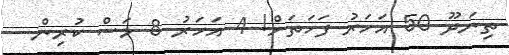
ތިނަދޫ 50 އަހަރު ފަހަތަށް! 4 އަހަރު 8 މަސް ކުރިން -